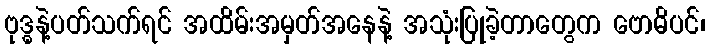
ဗုဒ္ဓနဲ့ပတ်သက်ရင် အထိမ်းအမှတ်အနေနဲ့ အသုံးပြုခဲ့တာတွေက ဗောဓိပင်၊